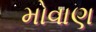
મોવાણ